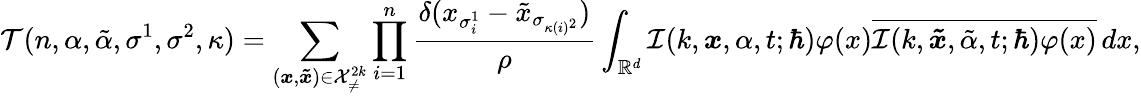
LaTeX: \mathcal{T}(n,\alpha,\tilde{\alpha},\sigma^{1},\sigma^{2},\kappa)=\sum_{(\boldsymbol{x},\boldsymbol{\tilde{x}})\in\mathcal{X}_{\neq}^{2k}}\prod_{i=1}^{n}\frac{\delta(x_{\sigma_{i}^{1}}-\tilde{x}_{\sigma_{\kappa(i)^{2}}})}{\rho}\int_{\mathbb{R}^{d}}\mathcal{I}(k,\boldsymbol{x},\alpha,t;\hbar)\varphi(x)\overline{{\mathcal{I}(k,\boldsymbol{\tilde{x}},\tilde{\alpha},t;\hbar)\varphi(x)}}\, dx,